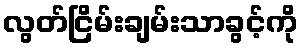
လွတ်ငြိမ်းချမ်းသာခွင့်ကို